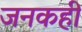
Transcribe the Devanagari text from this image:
जनकही